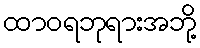
ထာဝရဘုရားအဘို့